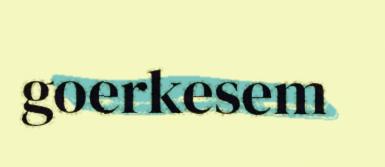
goerkesem